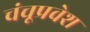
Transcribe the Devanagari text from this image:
चंचूप्रवेश